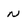
Character: n